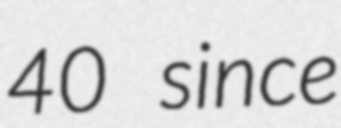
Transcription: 40 since